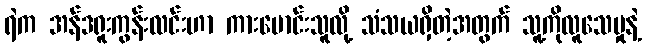
ရဲက အန်ဒရူးကွန်းလင်းဟာ ကားမောင်းသူလို့ သံသယရှိတဲ့အတွက် သူ့ကိုလူသေမှုနဲ့